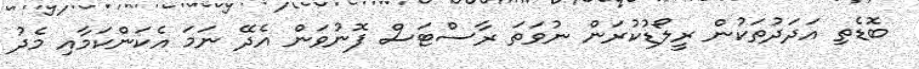
ބޮޑެތި އަދަދުތަކުން ރީލޯޑުކުރަން ނުވަތަ ރާސްޓަސް ފޮނުވަން އެދޭ ނަމަ އެކަންކަމާއި މެދު